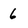
Character: 6